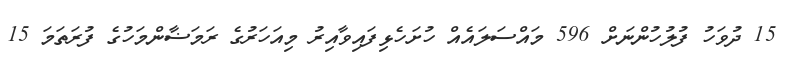
15 ދުވަހު ފުލުހުންނަށް 596 މައްސަލައެއް ހުށަހެޅިފައިވާއިރު މިއަހަރުގެ ރަމަޟާންމަހުގެ ފުރަތަމަ 15